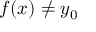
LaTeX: f ( x ) \neq y _ { 0 }